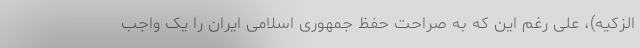
الزکیه)، علی رغم این که به صراحت حفظ جمهوری اسلامی ایران را یک واجب